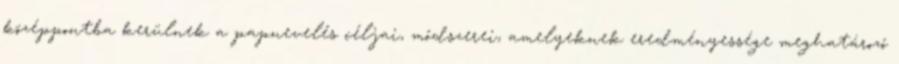
középpontba kerülnek a papnevelés céljai, módszerei, amelyeknek eredményessége meghatározó